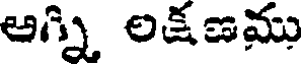
అగ్ని లక్షణము